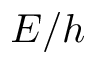
E / h